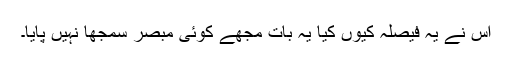
اس نے یہ فیصلہ کیوں کیا یہ بات مجھے کوئی مبصر سمجھا نہیں پایا۔